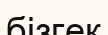
бізгек